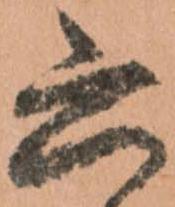
六